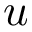
u